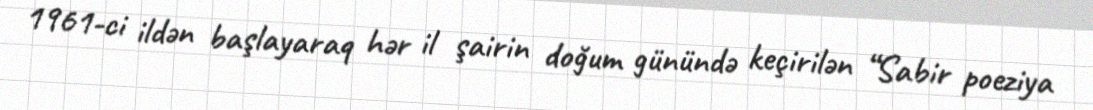
1961-ci ildən başlayaraq hər il şairin doğum günündə keçirilən “Sabir poeziya